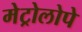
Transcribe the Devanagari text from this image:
मेट्रोलोपे